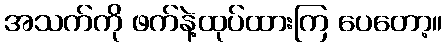
အသက်ကို ဖက်နဲ့ထုပ်ထားကြ ပေတော့။